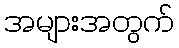
အများအတွက်